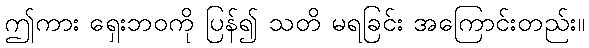
ဤကား ရှေးဘဝကို ပြန်၍ သတိ မရခြင်း အကြောင်းတည်း။